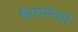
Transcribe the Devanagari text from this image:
बैरगनियाँ